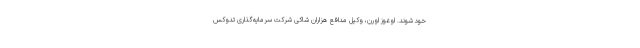
خود شوند. اوغوز اورن، وکیل مدافع هزاران شاکی شرکت سرمایه‌گذاری تدوکس